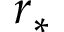
r _ { * }